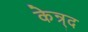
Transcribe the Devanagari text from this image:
केन्र्द